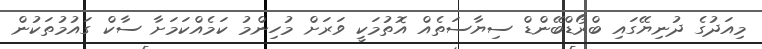
މިއަދުގެ ދުނިޔޭގައި ބްރޯޑްބޭންޑް ސިޔާސަތެއް އޮތުމަކީ ވަރަށް މުހިންމު ކަމެއްކަމަށާ ސާކް ގައުމުތަކުން